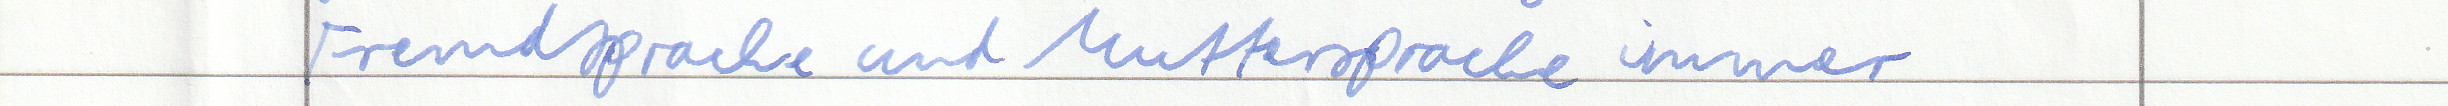
Fremdsprache und Muttersprache immer